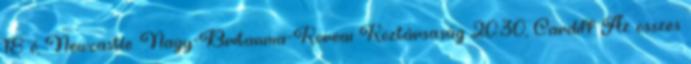
18 ó, Newcastle. Nagy-Britannia–Koreai Köztársaság 20:30, Cardiff Az összes